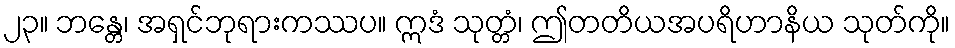
၂၃။ ဘန္တေ၊ အရှင်ဘုရားကဿပ။ ဣဒံ သုတ္တံ၊ ဤတတိယအပရိဟာနိယ သုတ်ကို။